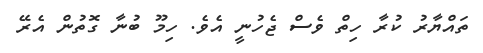
ތައްޔާރު ކުރާ ހިތް ވެސް ޖެހުނީ އެވެ. ހިމޫ ބުނާ ގޮތުން އެރޭ